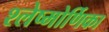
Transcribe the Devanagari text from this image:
श्लेष्मोर्णिका